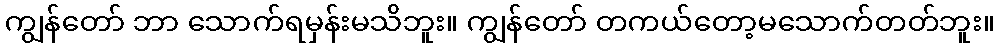
ကျွန်တော် ဘာ သောက်ရမှန်းမသိဘူး။ ကျွန်တော် တကယ်တော့မသောက်တတ်ဘူး။